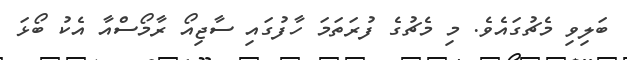
ބަލިވި މެޗުގައެވެ. މި މެޗުގެ ފުރަތަމަ ހާފުގައި ސާޖިއޯ ރާމޯސްއާ އެކު ބޯޅަ